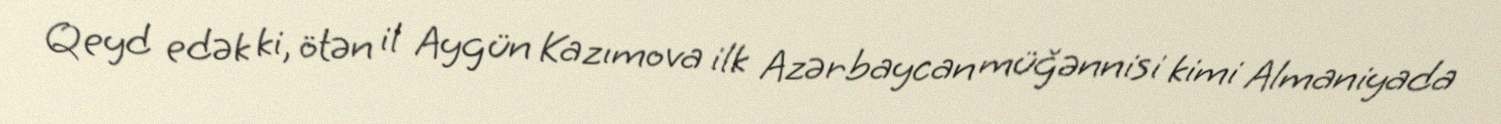
Qeyd edək ki, ötən il Aygün Kazımova ilk Azərbaycan müğənnisi kimi Almaniyada